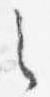
之